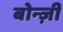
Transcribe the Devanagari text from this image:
बोन्ज़ी